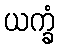
ယက္ခံ